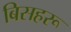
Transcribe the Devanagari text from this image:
बिसहरू